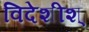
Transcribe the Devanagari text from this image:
विदेशीश्